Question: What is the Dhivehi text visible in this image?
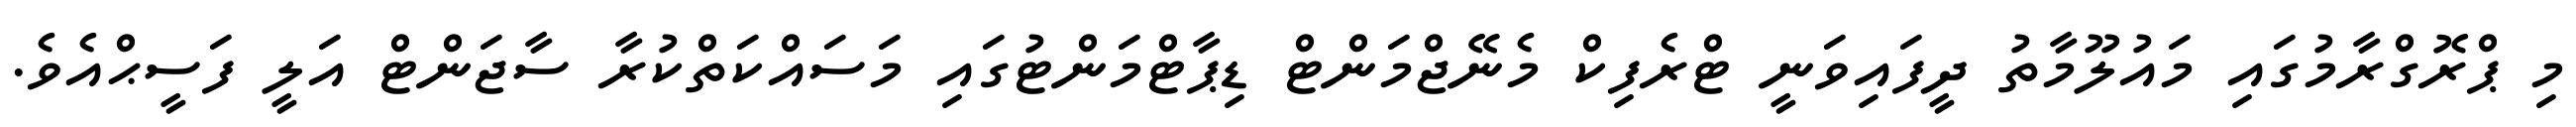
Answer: މި ޕްރޮގްރާމުގައި މައުލޫމާތު ދީފައިވަނީ ޓްރެފިކް މެނޭޖްމަންޓް ޑިޕާޓްމަންޓުގައި މަސައްކަތްކުރާ ސާޖަންޓް އަލީ ފަސީޙްއެވެ.